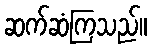
ဆက်ဆံကြသည်။